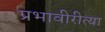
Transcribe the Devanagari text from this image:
प्रभावीरीत्या